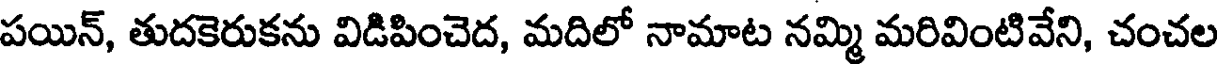
పయిన్, తుదకెరుకను విడిపించెద, మదిలో నామాట నమ్మి మరివింటివేని, చంచల